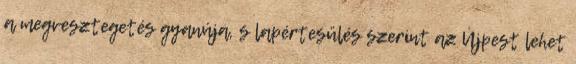
a megvesztegetés gyanúja, s lapértesülés szerint az Újpest lehet